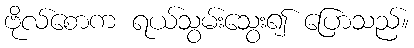
ဗိုလ်စောက ရယ်သွမ်းသွေး၍ ပြောသည်။